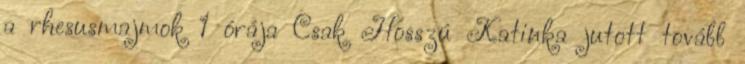
a rhesusmajmok 1 órája Csak Hosszú Katinka jutott tovább